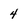
Character: 4